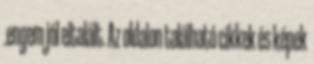
.engem jól eltalált. Az oldalon található cikkek és képek